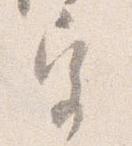
宮